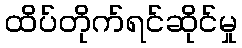
ထိပ်တိုက်ရင်ဆိုင်မှု